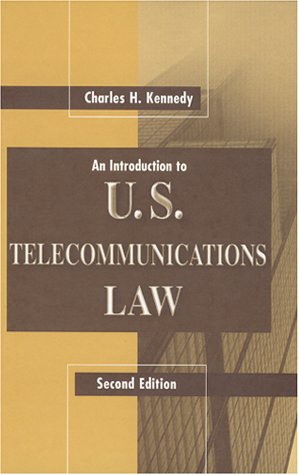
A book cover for An Introduction to U.S. Telecommunications Law (Artech House Telecommunications Library); Charles H Kennedy; Law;